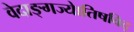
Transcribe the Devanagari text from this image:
वेदाङ्गज्याेतिषविद्